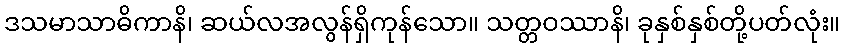
ဒသမာသာဓိကာနိ၊ ဆယ်လအလွန်ရှိကုန်သော။ သတ္တဝဿာနိ၊ ခုနှစ်နှစ်တို့ပတ်လုံး။